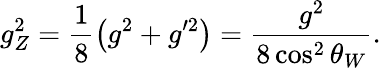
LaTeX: g_{Z}^{2}=\frac{1}{8}\left(g^{2}+g^{\prime 2}\right)=\frac{g^{2}}{8\cos^{2}\theta_{W}}.